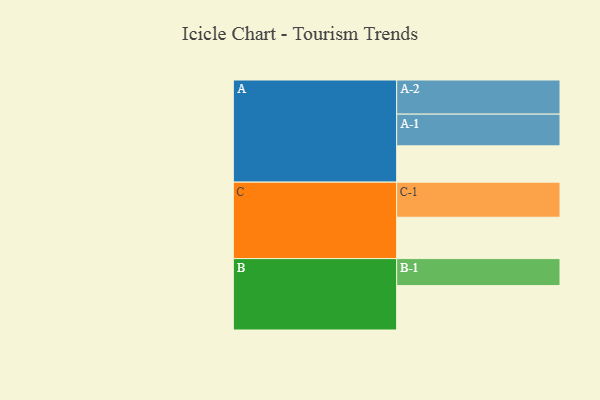
{"axis": {"x": "Segment", "y": "Value"}, "legend": ["", "A", "B", "C"], "data": [{"x": "A", "y": 301, "type": ""}, {"x": "B", "y": 368, "type": ""}, {"x": "C", "y": 343, "type": ""}, {"x": "A-1", "y": 263, "type": "A"}, {"x": "A-2", "y": 283, "type": "A"}, {"x": "B-1", "y": 224, "type": "B"}, {"x": "C-1", "y": 291, "type": "C"}]}